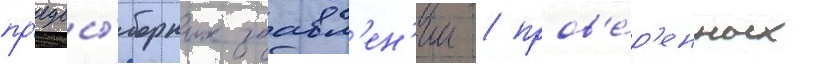
пр'едвы́борных заавл'ен'ии / пров'е́р'енных